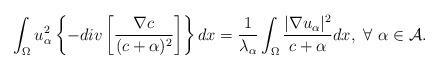
LaTeX: \begin{align*}\displaystyle\int_{\Omega}u_{\alpha}^{2}\left\{-div\left[\displaystyle\frac{\nabla c}{(c+\alpha)^{2}}\right]\right\} dx=\frac{1}{\lambda_{\alpha}}\displaystyle\int_{\Omega}\displaystyle\frac{|\nabla u_{\alpha}|^{2}}{c+\alpha} dx, \ \forall \ \alpha\in \mathcal{A}.\end{align*}